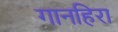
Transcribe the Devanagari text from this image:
गानहिरा